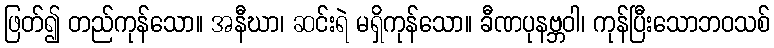
ဖြတ်၍ တည်ကုန်သော။ အနီဃာ၊ ဆင်းရဲ မရှိကုန်သော။ ခီဏပုနဗ္ဘဝါ၊ ကုန်ပြီးသောဘဝသစ်